Civil Veterinary Department Bihar & Orissa reports 1929-36 - 1929-1936
Year: 1929
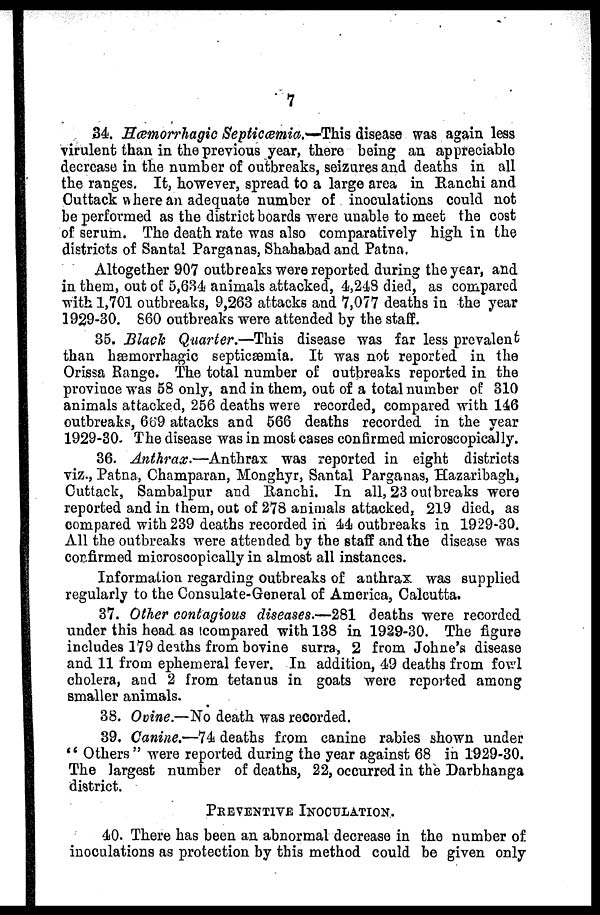
7
34. Hæmorrhagic Septicæmia.—This disease was again less
virulent than in the previous year, there being an appreciable
decrease in the number of outbreaks, seizures and deaths in all
the ranges. It, however, spread to a large area in Ranehi and
Cuttack where an adequate number of inoculations could not
be performed as the district boards were unable to meet the cost
of serum. The death rate was also comparatively high in the
districts of Santal Parganas, Shahabadand Patna.
Altogether 907 outbreaks wore reported during the year, and
in them, out of 5,634 animals attacked, 4,248 died, as compared
with 1,701 outbreaks, 9,263 attacks and 7,077 deaths in the year
1929-30. 860 outbreaks were attended by the staff.
35. Black Quarter.—This disease was far less prevalent
than bffimorrhagic septicæmia. It was not reported in the
Orissa Range. The total number of outbreaks reported in the
proviuce was 58 only, and in them, out of a total number of 310
animals attacked, 256 deaths were recorded, compared with 146
outbreaks, 669 attacks and 566 deaths recorded in the year
1929-30. The disease was in most cases confirmed microscopically.
36. Anthrax.—Anthrax
was reported in eight districts
viz., Patna, Champaran, Monghyr, Santal Parganas, Hazaribagh,
Cuttack, Sambalpur and Ranchi. In all, 23 outbreaks were
reported and in them, out of 278 animals attacked, 219 died, as
compared with 239 deaths recorded in 44 outbreaks in 1929-30.
All the outbreaks were attended by the staff and the disease; was
confirmed microscopically in almost all instances.
Information regarding outbreaks of anthrax was supplied
regularly to the Consulate-General of America, Calcutta.
37. Other contagions diseases.—281 deaths were recorded
under this head as compared with 138 in 1929-30. The figure
includes 179 deiths from bovine surra, 2 from Johne'a disease
and 11 from ephemeral fever. In addition, 49 deaths from fowl
cholera, and 2 from tetanus in goats were reported among
smaller animals.
38. Ovine.—No death was recorded.
39. Canine.—74 deaths from canine rabies shown under
"Others"
were reported during the year against 68 in 1929-30.
The largest number of deaths, 22, occurred in the Darbhanga
district.
PREVINTIVE
INOCULATION.
40. There has been an abnormal decrease in the number of
inoculations as protection by this method could be given only